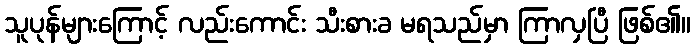
သူပုန်များကြောင့် လည်းကောင်း သီးစားခ မရသည်မှာ ကြာလှပြီ ဖြစ်၏။